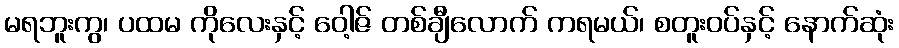
မရဘူးကွ၊ ပထမ ကိုလေးနှင့် ဝေါ့ဇ် တစ်ချီလောက် ကရမယ်၊ စတူးဝပ်နှင့် နောက်ဆုံး